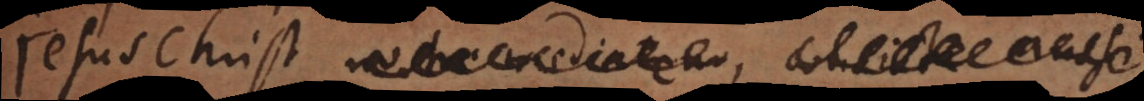
Jesus Christ,